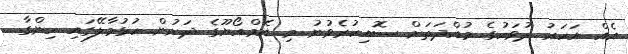
އެއް އަހަރު ދުވަހުގެ މުއްދަތަށް ސޮއިކުރެވުނު މި އެމް.އޯޔޫގެ ދަށުން ހުޅުމާލޭގައި ހިންގާ